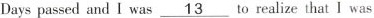
Days passed and I was\underline{13} to realize that I was